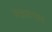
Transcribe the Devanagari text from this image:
सहस्यमास